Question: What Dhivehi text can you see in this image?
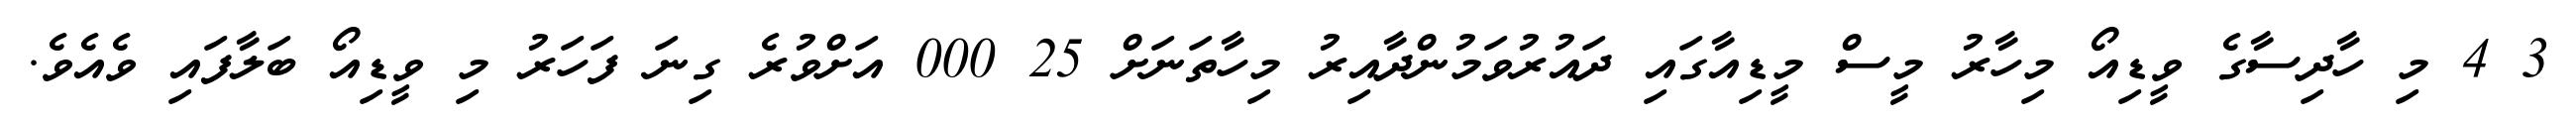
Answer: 3 4 މި ހާދިސާގެ ވީޑިއޯ މިހާރު މީސް މީޑިއާގައި ދައުރުވަމުންދާއިރު މިހާތަނަށް 25 000 އަށްވުރެ ގިނަ ފަހަރު މި ވީޑިއޯ ބަލާފައި ވެއެވެ.